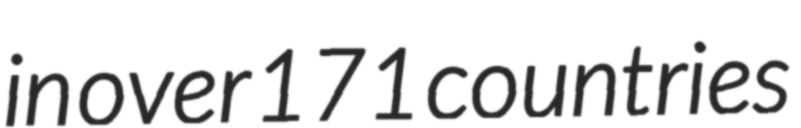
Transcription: in over 171 countries